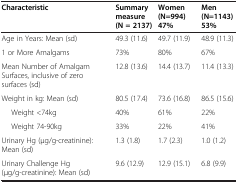
<table><thead><tr><td><b>Characteristic</b></td><td><b>Summary measure (N = 2137)</b></td><td><b>Women (N=994) 47%</b></td><td><b>Men (N=1143) 53%</b></td></tr></thead><tbody><tr><td>Age in Years: Mean (sd)</td><td>49.3 (11.6)</td><td>49.7 (11.9)</td><td>48.9 (11.3)</td></tr><tr><td>1 or More Amalgams</td><td>73%</td><td>80%</td><td>67%</td></tr><tr><td>Mean Number of Amalgam Surfaces, inclusive of zero surfaces (sd)</td><td>12.8 (13.6)</td><td>14.4 (13.7)</td><td>11.4 (13.3)</td></tr><tr><td>Weight in kg: Mean (sd)</td><td>80.5 (17.4)</td><td>73.6 (16.8)</td><td>86.5 (15.6)</td></tr><tr><td>Weight &lt;74kg</td><td>40%</td><td>61%</td><td>22%</td></tr><tr><td>Weight 74-90kg</td><td>33%</td><td>22%</td><td>41%</td></tr><tr><td>Urinary Hg (μg/g-creatinine): Mean (sd)</td><td>1.3 (1.8)</td><td>1.7 (2.3)</td><td>1.0 (1.2)</td></tr><tr><td>Urinary Challenge Hg (μg/g-creatinine): Mean (sd)</td><td>9.6 (12.9)</td><td>12.9 (15.1)</td><td>6.8 (9.9)</td></tr></tbody></table>